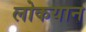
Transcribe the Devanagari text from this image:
लोकयान